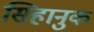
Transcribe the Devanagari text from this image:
सिहानुक